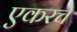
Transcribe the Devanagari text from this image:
एकरचे